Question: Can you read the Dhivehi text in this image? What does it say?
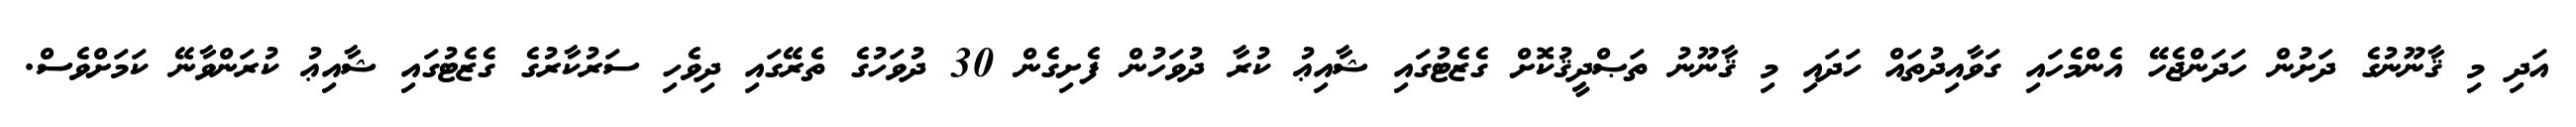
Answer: އަދި މި ޤާނޫނުގެ ދަށުން ހަދަންޖެހޭ އެންމެހައި ގަވާއިދުތައް ހަދައި މި ޤާނޫނު ތަޞްދީޤުކޮށް ގެޒެޓުގައި ޝާއިޢު ކުރާ ދުވަހުން ފެށިގެން 30 ދުވަހުގެ ތެރޭގައި ދިވެހި ސަރުކާރުގެ ގެޒެޓުގައި ޝާއިޢު ކުރަންވާނޭ ކަމަށްވެސް.